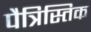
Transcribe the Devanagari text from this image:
पैत्रिस्तिक